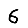
Digit: 6